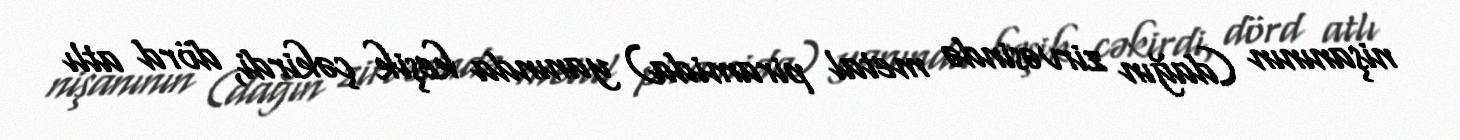
nişanının (dağın zirvəsində metal piramida) yanında keşik çəkirdi, dörd atlı